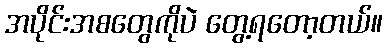
အပိုင်းအစတွေကိုပဲ တွေ့ရတော့တယ်။